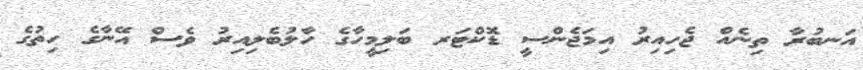
އަނބުރާ ތިނެއް ޖެހިއިރު އިމަޖެންސީ ޑޮކްޓަރ ބަލިމީހާގެ ހާލުބެލިއިރު ވެސް އޭނާގެ ހިތުގެ